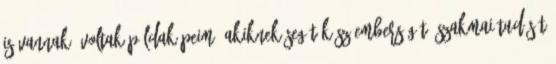
is vannak, voltak példaképeim, akiknek segítőkész emberségét, szakmai tudását